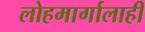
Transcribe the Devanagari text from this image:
लोहमार्गालाही